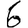
Digit: 6